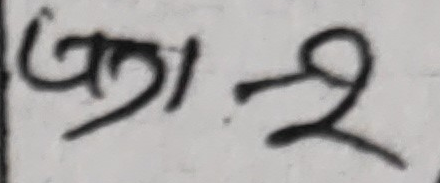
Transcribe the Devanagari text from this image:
अझै-२